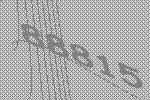
88815